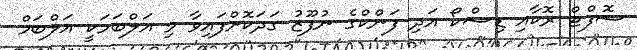
ސޮފްޓް ރޮކާއި ޑިސްކޯ އަދި ފަންކްގެ ނުފޫޒު ގަދަކޮށްފައިވާ މި އަލްބަމަކީ އަލްބަމް